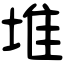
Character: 堆